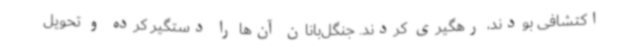
اکتشافی بودند، رهگیری کردند. جنگل‌بانان آن‌ها را دستگیر کرده و تحویل